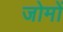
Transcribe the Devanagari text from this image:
जोमों